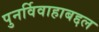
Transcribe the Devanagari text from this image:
पुनर्विवाहाबद्दल